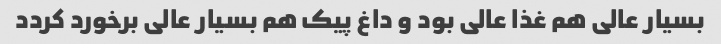
بسیار عالی هم غذا عالی بود و داغ پیک هم بسیار عالی برخورد کردد